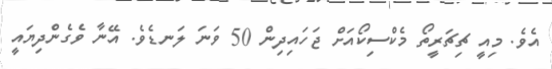
އެވެ. މިއީ ޗިޗަރީތޯ މެކްސިކޯއަށް ޖަހައިދިން 50 ވަނަ ލަނޑެވެ. އޭނާ ވެގެންދިޔައީ